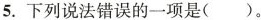
5.下列说法错误的一项是( )。